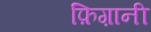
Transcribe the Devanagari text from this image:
फ़िग़ानी